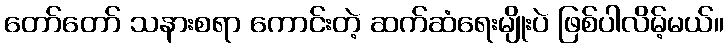
တော်တော် သနားစရာ ကောင်းတဲ့ ဆက်ဆံရေးမျိုးပဲ ဖြစ်ပါလိမ့်မယ်။